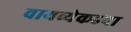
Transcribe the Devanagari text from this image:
वायव्येकडचा